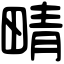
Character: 𤲟